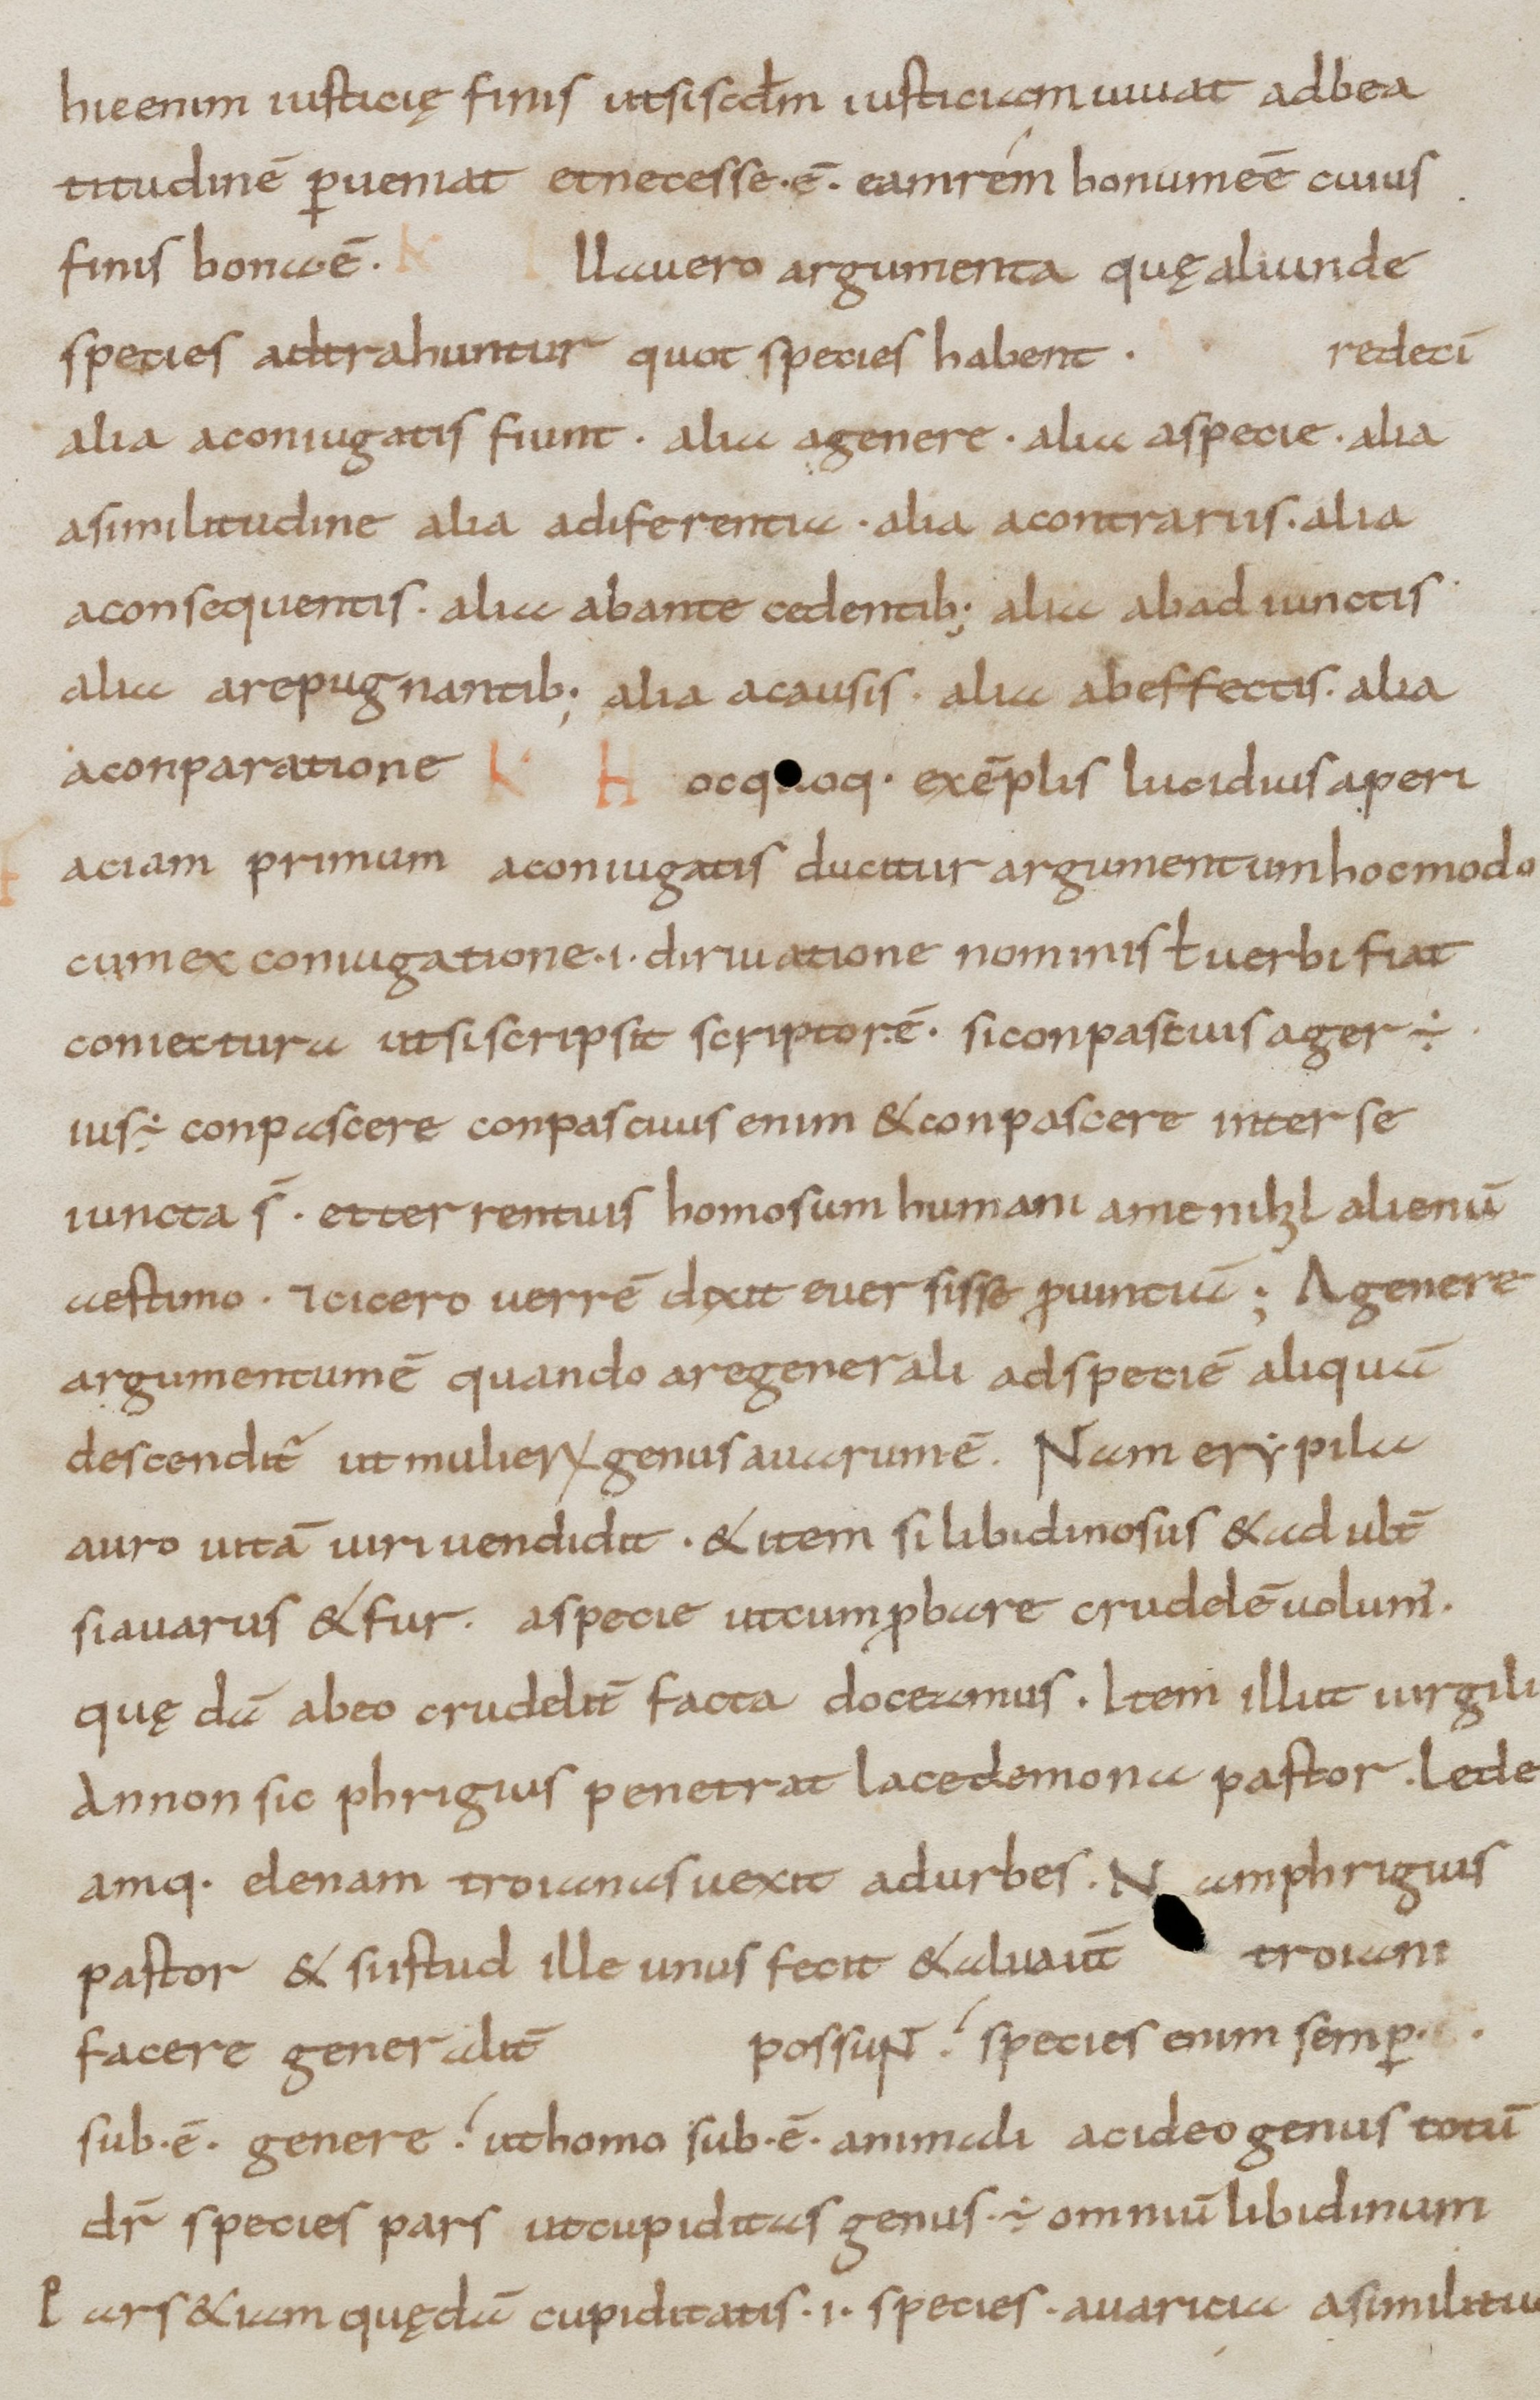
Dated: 800–899